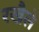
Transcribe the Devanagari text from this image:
रखैले